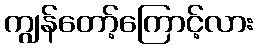
ကျွန်တော့်ကြောင့်လား